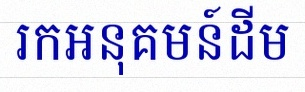
រកអនុគមន៍ដើម